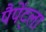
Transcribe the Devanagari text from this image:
पैपेंट्ला